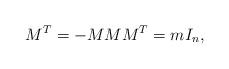
LaTeX: \begin{align*}M^T=-M M M^T= mI_n,\end{align*}